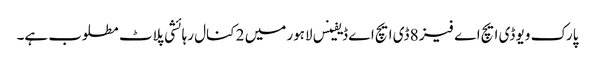
پارک ویو ڈی ایچ اے فیز 8 ڈی ایچ اے ڈیفینس لاہور میں 2 کنال رہائشی پلاٹ مطلوب ہے۔